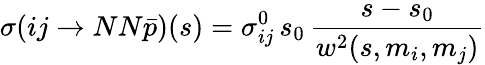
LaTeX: \sigma(ij\rightarrow NN\bar{p})(s)=\sigma_{ij}^{0}\, s_{0}\, \frac{s-s_{0}}{w^{2}(s,m_{i},m_{j})}